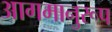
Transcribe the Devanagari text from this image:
आगमानुरूप